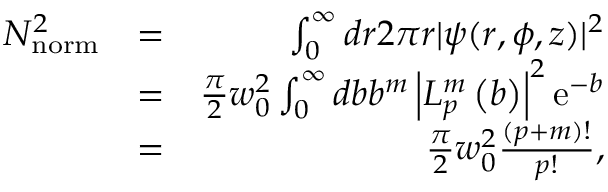
\begin{array} { r l r } { N _ { \mathrm { n o r m } } ^ { 2 } } & { = } & { \int _ { 0 } ^ { \infty } d r 2 \pi r | \psi ( r , \phi , z ) | ^ { 2 } } \\ & { = } & { \frac { \pi } { 2 } w _ { 0 } ^ { 2 } \int _ { 0 } ^ { \infty } d b b ^ { m } \left| L _ { p } ^ { m } \left( b \right) \right| ^ { 2 } \mathrm { e } ^ { - b } } \\ & { = } & { \frac { \pi } { 2 } w _ { 0 } ^ { 2 } \frac { ( p + m ) ! } { p ! } , } \end{array}